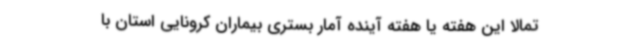
تمالاً این هفته یا هفته آینده آمار بستری بیماران کرونایی استان با